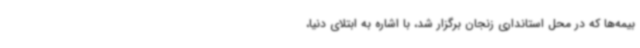
بیمه‌ها که در محل استانداری زنجان برگزار شد، با اشاره به ابتلای دنیا،